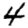
Digit: 4